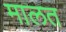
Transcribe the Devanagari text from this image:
मालत